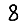
Digit: 8